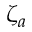
\zeta _ { a }